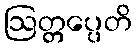
ဩတ္တပ္ပေတိ